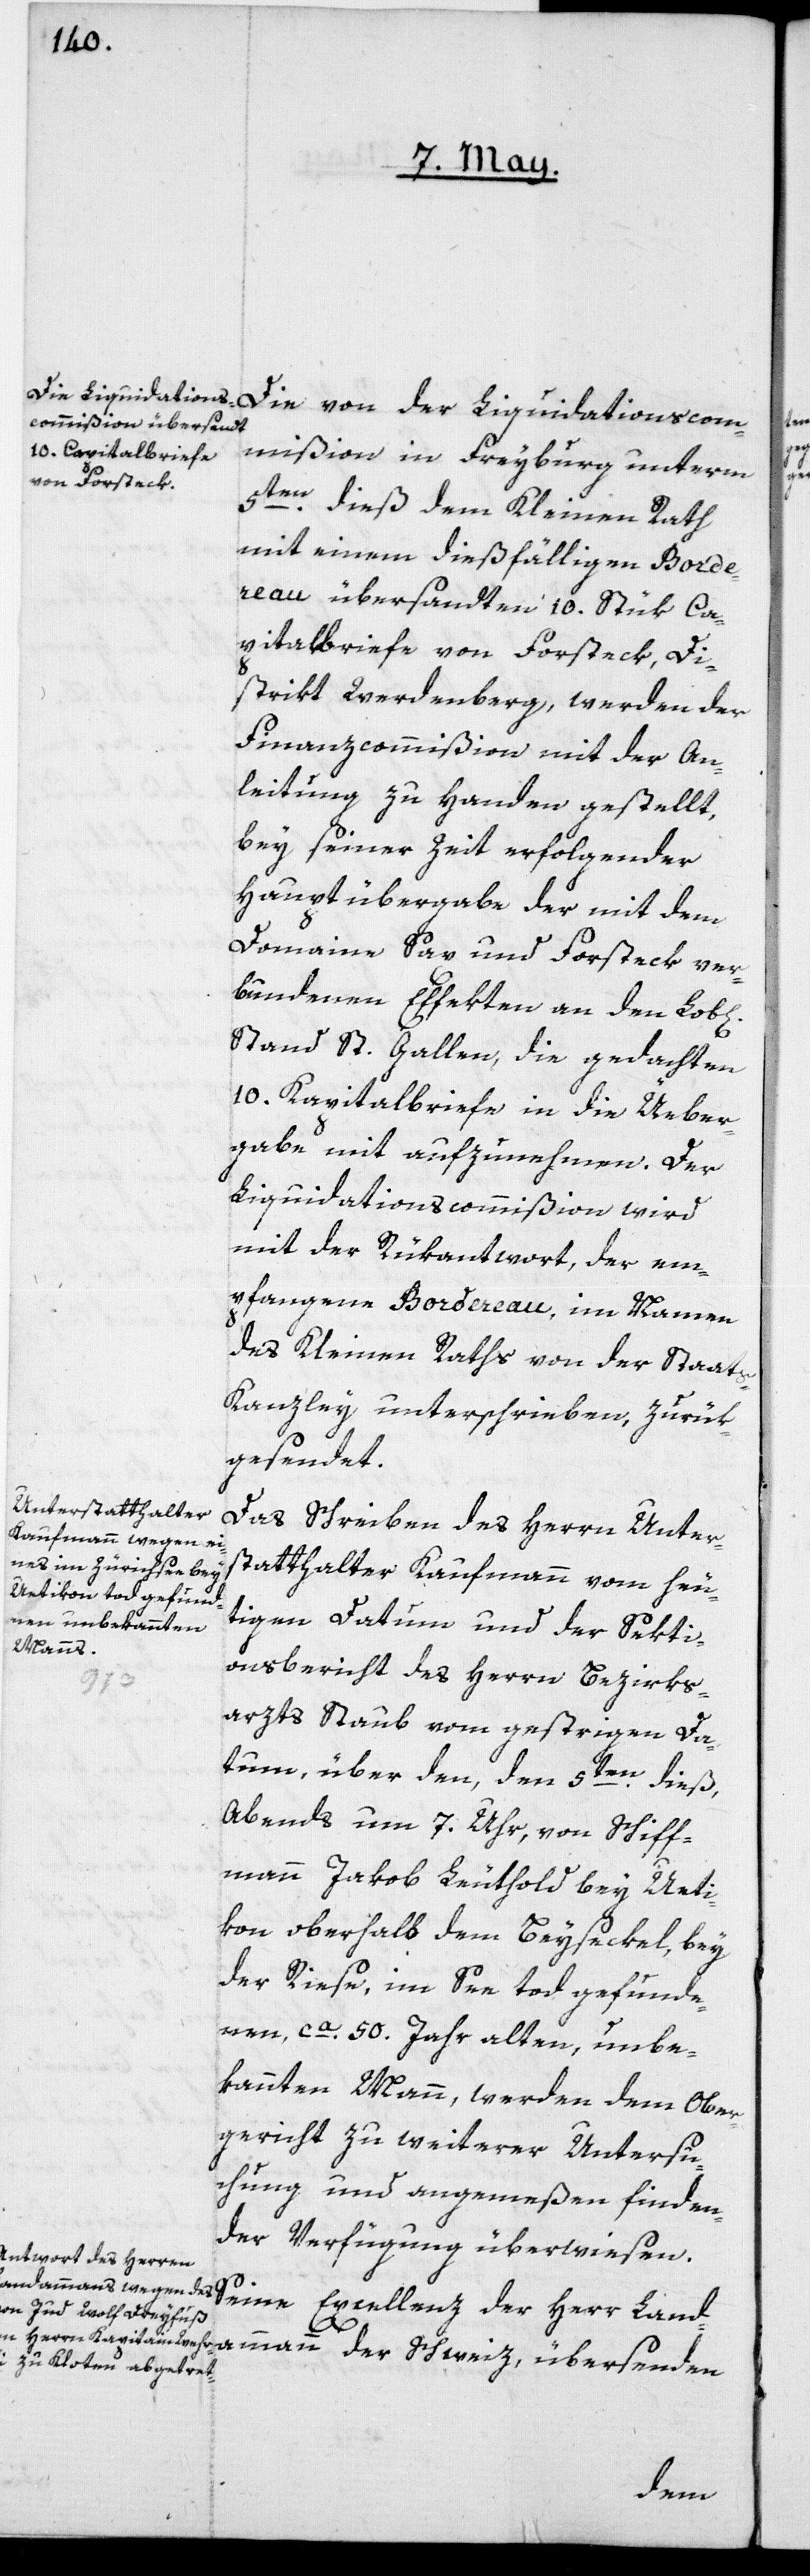
5ten dieß dem Kleinen Rath
mit einem dießfälligen Border¬
eau übersandten 10. Stük Ca¬
pitalbriefe von Forsteck, Di¬
strikt Werdenberg, werden der
Finanzcommißion mit der An¬
leitung zu Handen gestellt,
bey seiner Zeit erfolgender
Hauptübergabe der mit dem
Domaine Sax und Forsteck ver¬
bundenen Effekten an den Lob[li¬
Stand St. Gallen, die gedachten
10. Kapitalbriefe in die Üeber¬
gabe mit aufzunehmen. Der
Liquidationscommißion wird
mit der Rükantwort, der em¬
pfangene Bordereau, im Namen
des Kleinen Raths von der Staat¬
s-Kanzley unterschrieben, zurük¬
gesendet.
Das Schreiben des Herrn Unter¬
statthalter Kaufmann vom heu¬
tigen Datum und der Sekti¬
onsbericht des Herrn Bezirks¬
ammann
arzts Staub vom gestrigen Da¬
tum, über den, den 5ten dieß,
Abends um 7. Uhr von Schiff¬
mann Jakob Leuthold bey Ueti¬
kon, oberhalb dem Beyseckel, bey
der Riese, im See tod gefunde¬
nen, ca. 50 Jahr alten, unbe¬
kannten Mann, werden dem Ober¬
gericht zu weiterer Untersu¬
chung und angemeßen finden¬
der Verfügung überwiesen.
Seine Excellenz der Herr Land¬
der